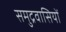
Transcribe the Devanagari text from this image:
समुद्रवासियों